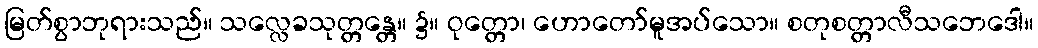
မြတ်စွာဘုရားသည်။ သလ္လေခသုတ္တန္တေ။ ၌။ ဝုတ္တော၊ ဟောတော်မူအပ်သော။ စတုစတ္တာလီသဘေဒေါ။